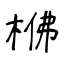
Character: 梻